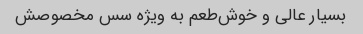
بسیار عالی و خوش‌طعم به ویژه سس مخصوصش